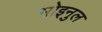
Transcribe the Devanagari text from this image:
मोइनुल